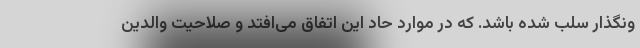
ونگذار سلب شده باشد. که در موارد حاد این اتفاق می‌افتد و صلاحیت والدین